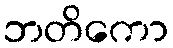
ဘတိကော